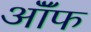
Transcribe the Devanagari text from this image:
ऑॅफ